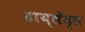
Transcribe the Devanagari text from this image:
हाय्लेंड्स